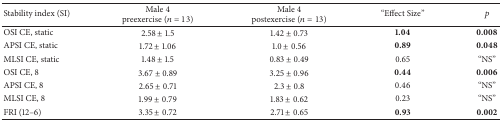
| Stability index (SI) | Male 4 preexercise (n = 13) | Male 4 postexercise (n = 13) | “Effect Size” | p |
 | --- | --- | --- | --- | --- |
 | OSI CE, static | 2.58 ± 1.5 | 1.42 ± 0.73 | 1.04 | 0.008 |
 | APSI CE, static | 1.72 ± 1.06 | 1.0 ± 0.56 | 0.89 | 0.048 |
 | MLSI CE, static | 1.48 ± 1.5 | 0.83 ± 0.49 | 0.65 | “NS” |
 | OSI CE, 8 | 3.67 ± 0.89 | 3.25 ± 0.96 | 0.44 | 0.006 |
 | APSI CE, 8 | 2.65 ± 0.71 | 2.3 ± 0.8 | 0.46 | “NS” |
 | MLSI CE, 8 | 1.99 ± 0.79 | 1.83 ± 0.62 | 0.23 | “NS” |
 | FRI (12–6) | 3.35 ± 0.72 | 2.71 ± 0.65 | 0.93 | 0.002 |